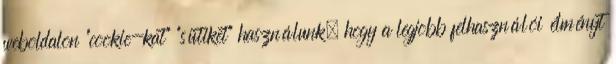
weboldalon "cookie-kat" "sütiket" használunk, hogy a legjobb felhasználói élményt